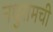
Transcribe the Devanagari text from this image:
नथुरामची